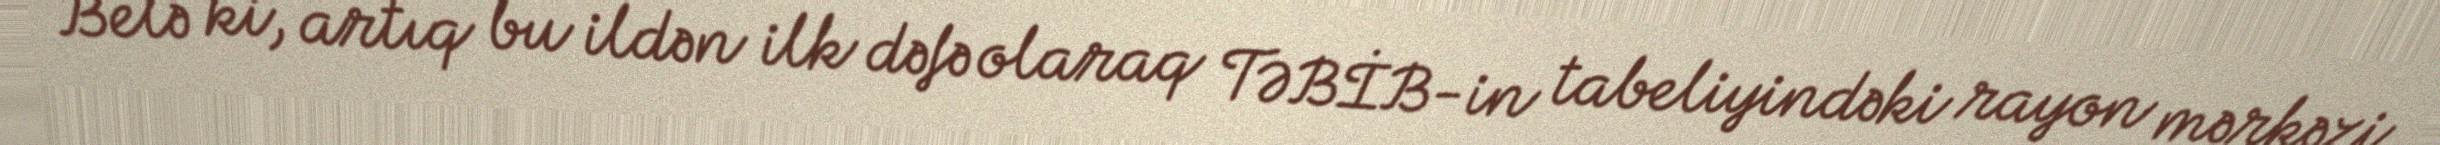
Belə ki, artıq bu ildən ilk dəfə olaraq TƏBİB-in tabeliyindəki rayon mərkəzi